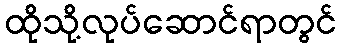
ထိုသို့လုပ်ဆောင်ရာတွင်